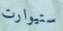
ستيوارت